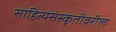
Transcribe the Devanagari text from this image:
साहित्यसंस्कृतीवरील